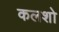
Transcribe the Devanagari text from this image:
कलशो